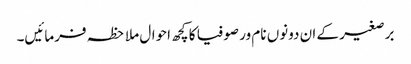
برصغیر کے ان دونوں نام ور صوفیا کا کچھ احوال ملاحظہ فرمائیں۔